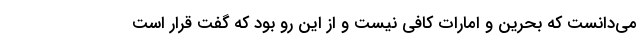
می‌دانست که بحرین و امارات کافی نیست و از این رو بود که گفت قرار است